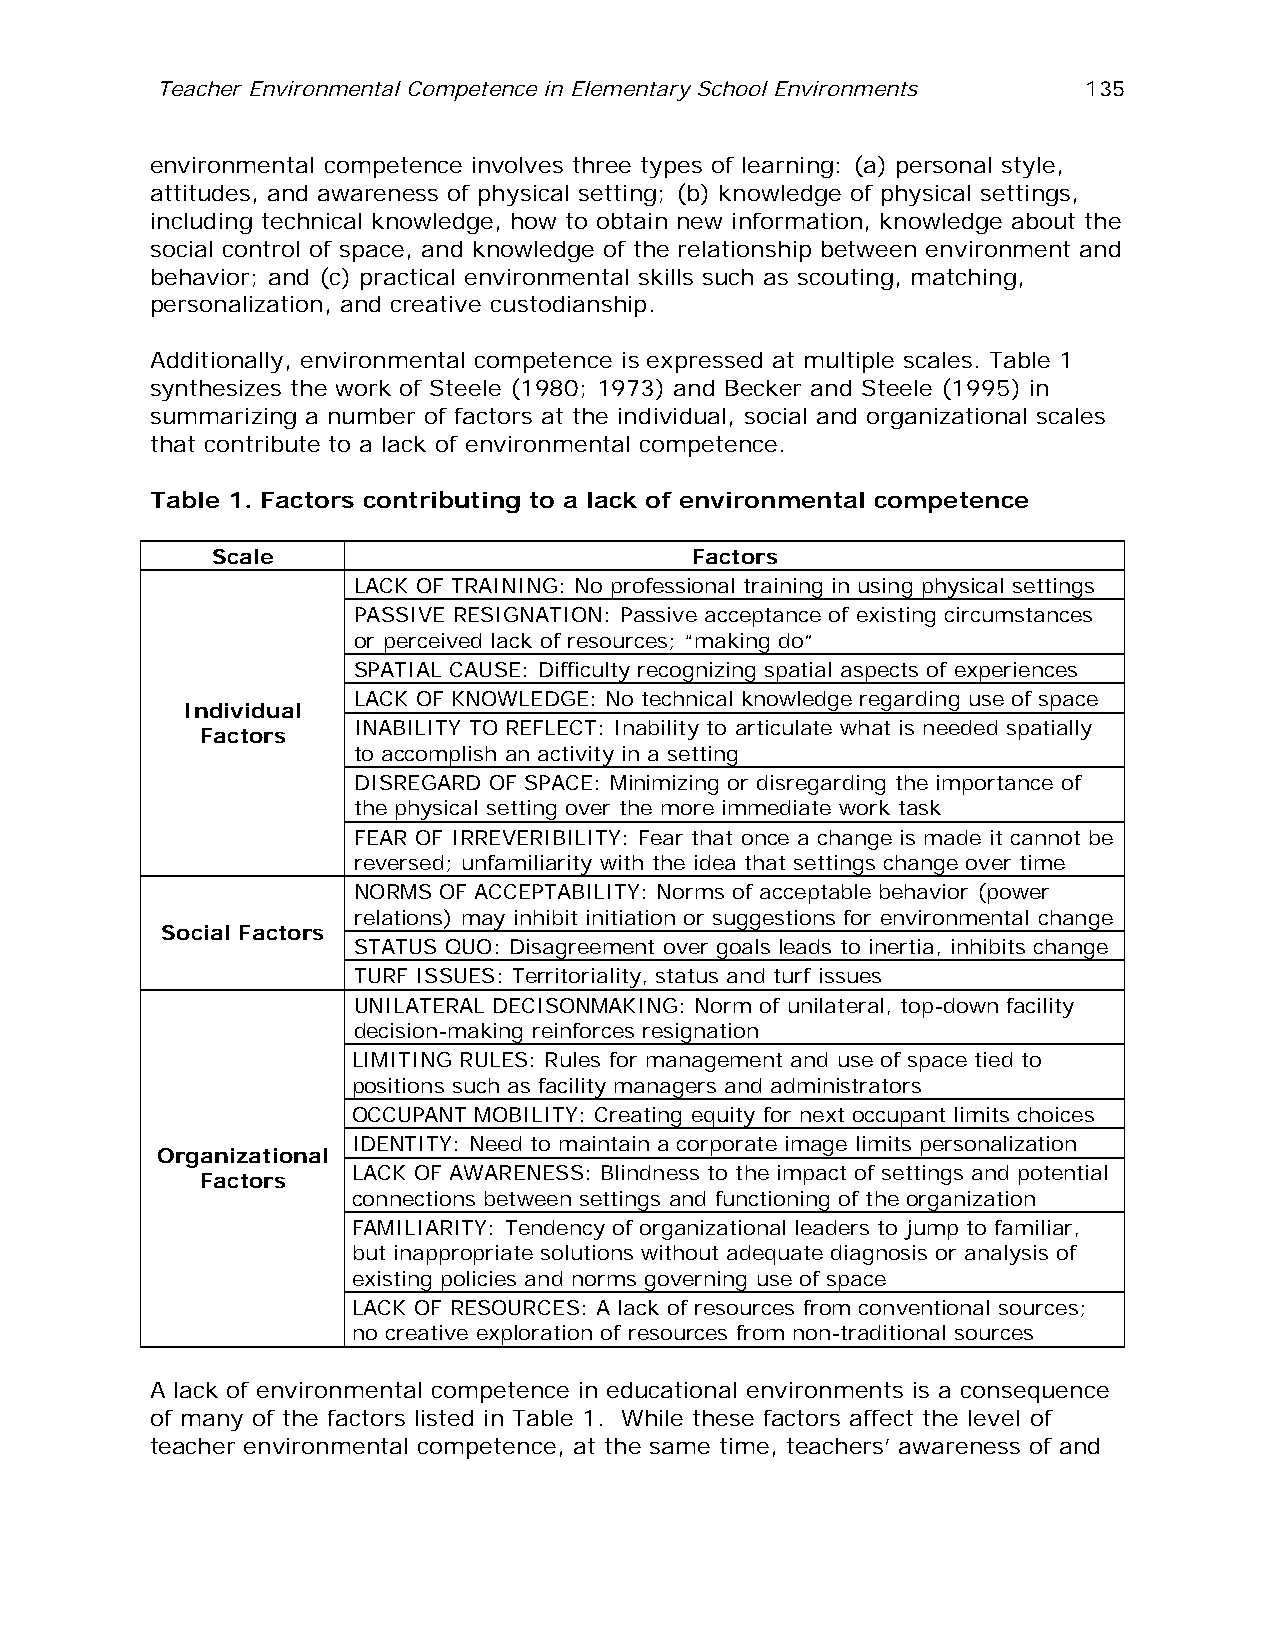
Teacher Environmental Competence in Elementary School Environments 135
 environmental competence involves three types of learning: (a) personal style,
 attitudes, and awareness of physical setting; (b) knowledge of physical settings,
 including technical knowledge, how to obtain new information, knowledge about the
 social control of space, and knowledge of the relationship between environment and
 behavior; and (c) practical environmental skills such as scouting, matching,
 personalization, and creative custodianship.
 Additionally, environmental competence is expressed at multiple scales. Table 1
 synthesizes the work of Steele (1980; 1973) and Becker and Steele (1995) in
 summarizing a number of factors at the individual, social and organizational scales
 that contribute to a lack of environmental competence.
 Table 1. Factors contributing to a lack of environmental competence
 Scale                           Factors
 LACK OF TRAINING: No professional training in using physical settings
 PASSIVE RESIGNATION: Passive acceptance of existing circumstances
 or perceived lack of resources; “making do”
 SPATIAL CAUSE: Difficulty recognizing spatial aspects of experiences
 LACK OF KNOWLEDGE: No technical knowledge regarding use of space
 Individual
 INABILITY TO REFLECT: Inability to articulate what is needed spatially
 Factors
 to accomplish an activity in a setting
 DISREGARD OF SPACE: Minimizing or disregarding the importance of
 the physical setting over the more immediate work task
 FEAR OF IRREVERIBILITY: Fear that once a change is made it cannot be
 reversed; unfamiliarity with the idea that settings change over time
 NORMS OF ACCEPTABILITY: Norms of acceptable behavior (power
 relations) may inhibit initiation or suggestions for environmental change
 Social Factors
 STATUS QUO: Disagreement over goals leads to inertia, inhibits change
 TURF ISSUES: Territoriality, status and turf issues
 UNILATERAL DECISONMAKING: Norm of unilateral, top-down facility
 decision-making reinforces resignation
 LIMITING RULES: Rules for management and use of space tied to
 positions such as facility managers and administrators
 OCCUPANT MOBILITY: Creating equity for next occupant limits choices
 IDENTITY: Need to maintain a corporate image limits personalization
 Organizational
 LACK OF AWARENESS: Blindness to the impact of settings and potential
 Factors
 connections between settings and functioning of the organization
 FAMILIARITY: Tendency of organizational leaders to jump to familiar,
 but inappropriate solutions without adequate diagnosis or analysis of
 existing policies and norms governing use of space
 LACK OF RESOURCES: A lack of resources from conventional sources;
 no creative exploration of resources from non-traditional sources
 A lack of environmental competence in educational environments is a consequence
 of many of the factors listed in Table 1. While these factors affect the level of
 teacher environmental competence, at the same time, teachers’ awareness of and